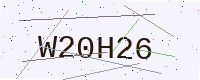
Text: W20H26